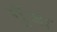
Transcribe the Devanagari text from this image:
गूँजा